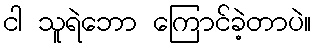
ငါ သူရဲဘော ကြောင်ခဲ့တာပဲ။